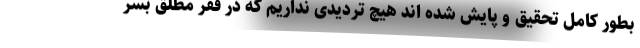
بطور کامل تحقیق و پایش شده اند هیچ تردیدی نداریم که در فقر مطلق بسر